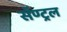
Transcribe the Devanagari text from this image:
सॅण्ट्रल